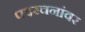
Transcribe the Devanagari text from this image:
पदरचनांवर